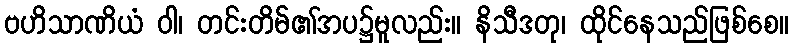
ဗဟိသာဏိယံ ဝါ၊ တင်းတိမ်၏အပ၌မူလည်း။ နိသီဒတု၊ ထိုင်နေသည်ဖြစ်စေ။